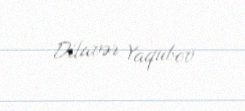
Dilavər Yaqubov